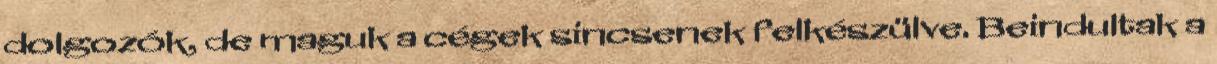
dolgozók, de maguk a cégek sincsenek felkészülve. Beindultak a